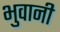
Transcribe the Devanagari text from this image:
भुवानी